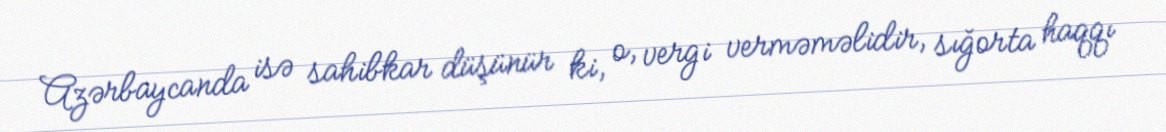
Azərbaycanda isə sahibkar düşünür ki, o, vergi verməməlidir, sığorta haqqı